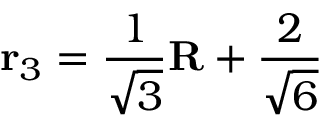
{ \bf r } _ { 3 } = \frac { 1 } { \sqrt { 3 } } { \bf R } + \frac { 2 } { \sqrt { 6 } } { \bf \rho }